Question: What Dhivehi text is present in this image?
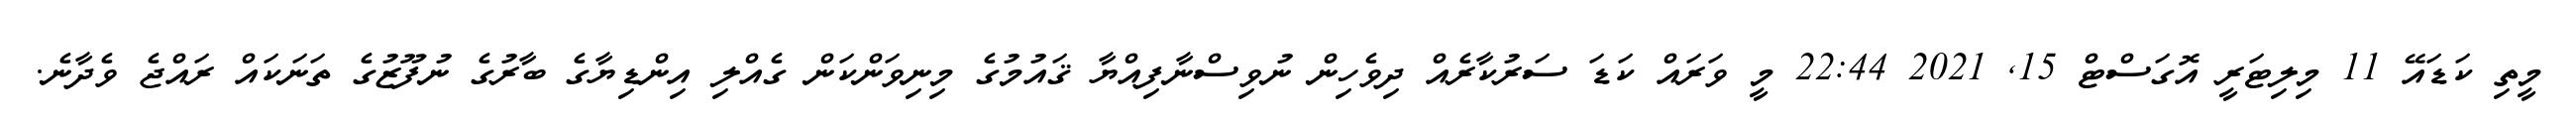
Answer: މީތި ކަޑައޭ 11 މިލިޓަރީ އޮގަސްޓް 15, 2021 22:44 މީ ވަރައް ކަޑަ ސަރުކާރެއް ދިވެހިން ނުވިސްނާފިއްޔާ ޤައުމުގެ މިނިވަންކަން ގެއްލި އިންޑިޔާގެ ބާރުގެ ނުފޫޒުގެ ތަނަކައް ރައްޖެ ވެދާނެ.